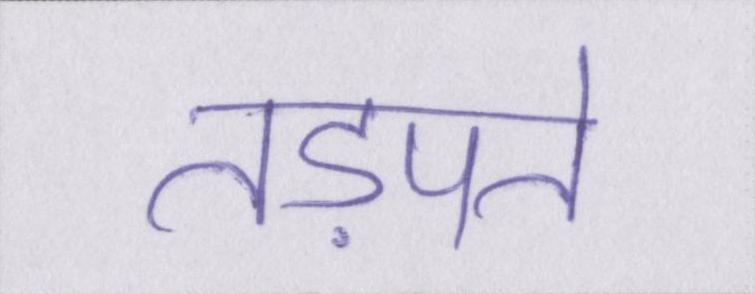
तड़पते